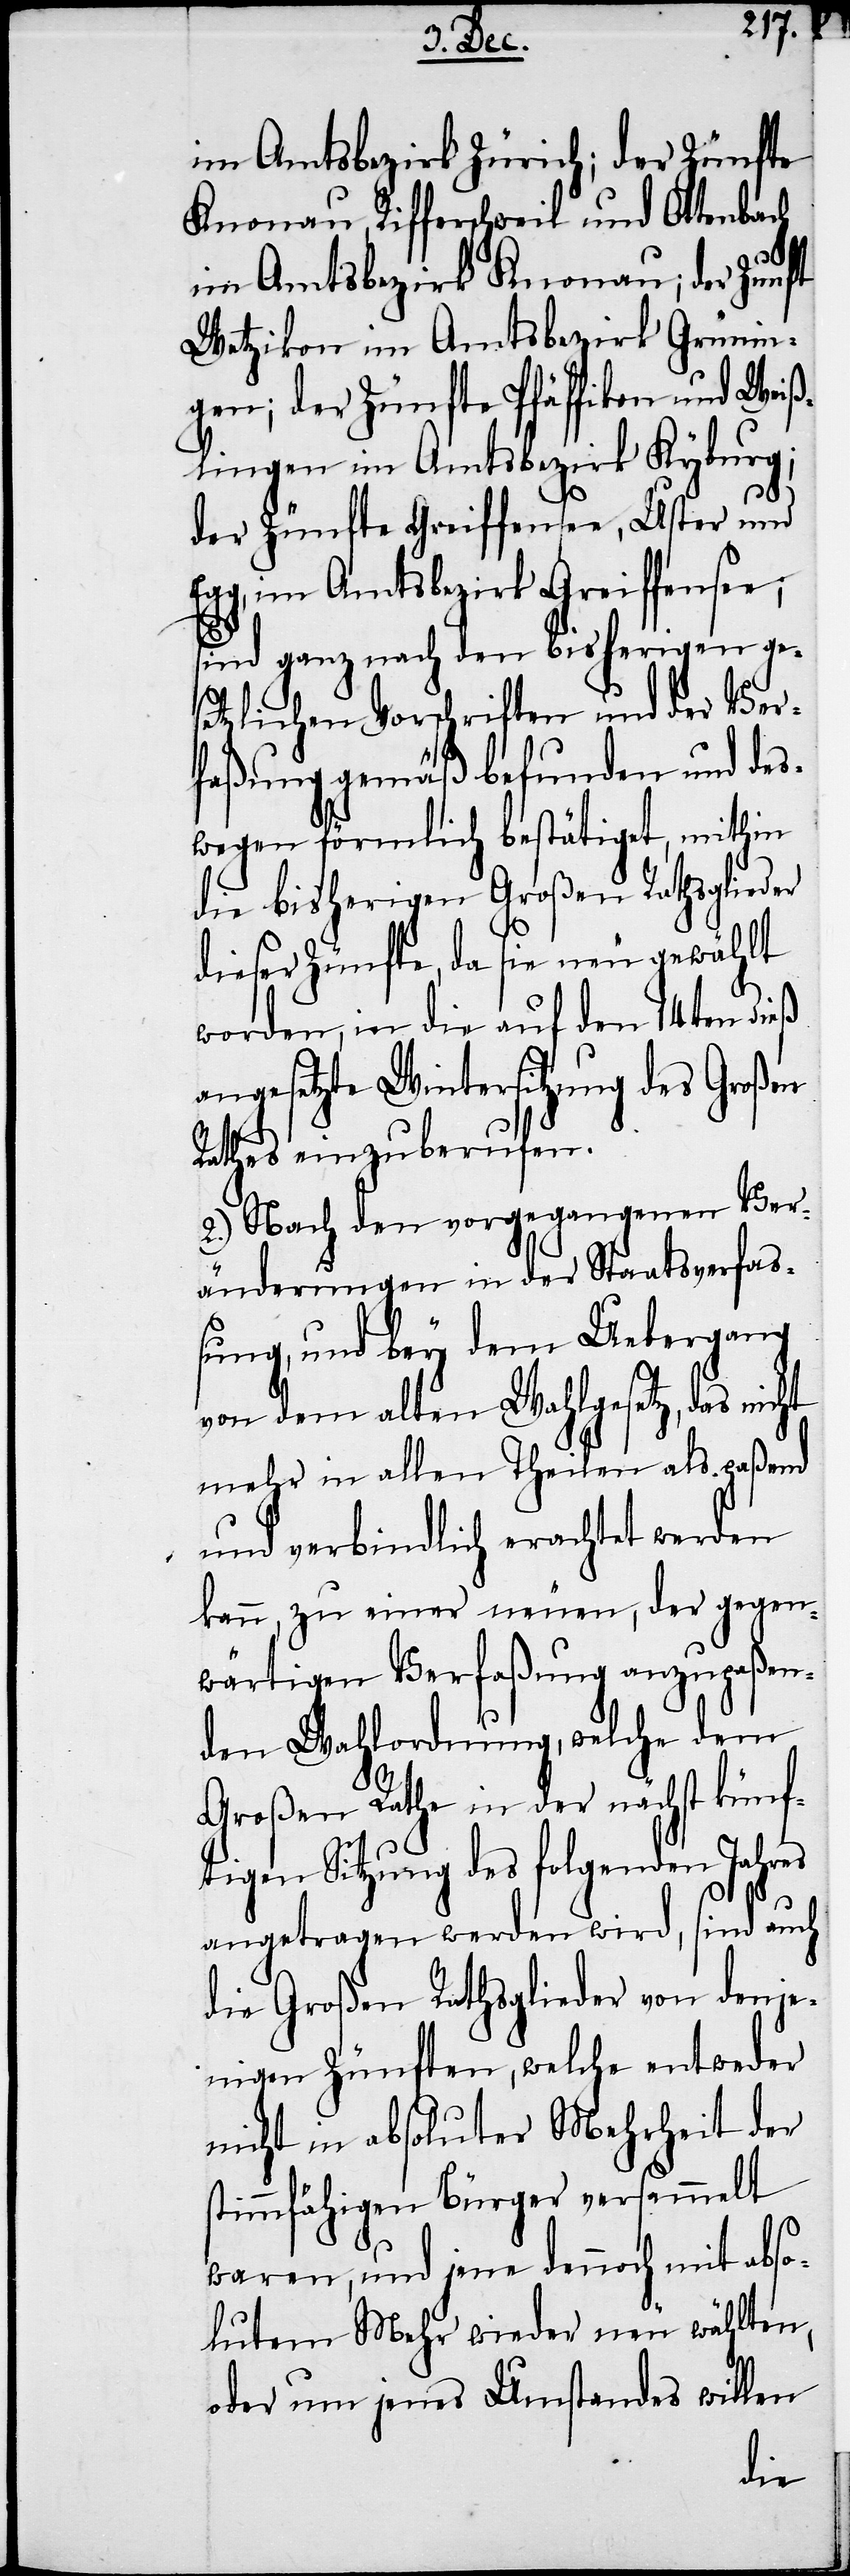
im Amtsbezirk Zürich; der Zünfte
Knonau, Rifferschweil und Ottenbach
im Amtsbezirk Knonau; der Zunft
Wetzikon im Amtsbezirk Grünin¬
gen; der Zünfte Pfäffikon und Weiß¬
lingen im Amtsbezirk Kyburg;
der Zünfte Greiffensee, Uster und
Egg, im Amtsbezirk Greiffensee;
sind ganz nach den bisherigen ge¬
setzlichen Vorschriften und der Ver¬
faßung gemäß befunden und des¬
wegen förmlich bestätiget, mithin
die bisherigen Großen Rathsglieder
dieser Zünfte, da sie neu gewählt
worden, in die auf den 14ten dieß
angesetzte Wintersitzung des Großen
Rathes einzuberufen.
2.) Nach den vorgegangenen Ver¬
änderungen in der Staatsverfaß¬
ung, und bey dem Uebergang
von dem alten Wahlgesetz, das nicht
mehr in allen Theilen als paßend
und verbindlich erachtet werden
kann, zu einer neuen, der gegen¬
wärtigen Verfaßung anzupaßen¬
den Wahlordnung, welche dem
Großen Rathe in der nächst künf¬
tigen Sitzung des folgenden Jahres
angetragen werden wird, sind auch
die Großen Rathsglieder von denje¬
nigen Zünften, welche entweder
nicht in absoluter Mehrheit der
stimmfähigen Bürger versammelt
waren, und jene dennoch mit abso¬
lutem Mehr wieder neu wählten,
oder um jenes Umstandes willen